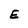
Character: E